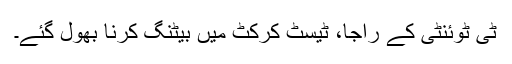
ٹی ٹوئنٹی کے راجا، ٹیسٹ کرکٹ میں بیٹنگ کرنا بھول گئے۔